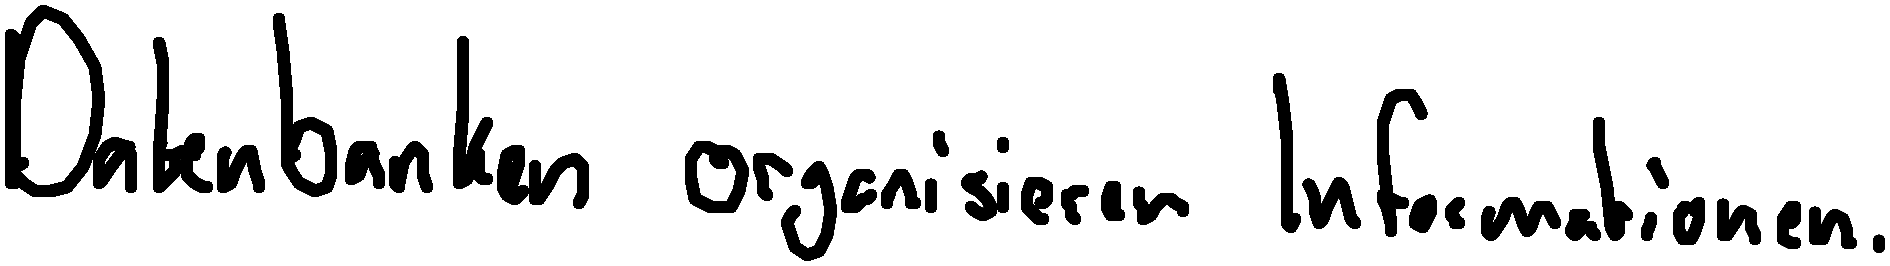
Datenbanken organisieren Informationen.